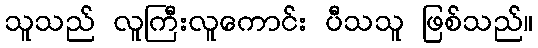
သူသည် လူကြီးလူကောင်း ပီသသူ ဖြစ်သည်။